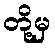
တို့မှ